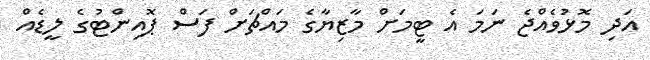
އަދި މޮޅުވެއްޖެ ނަމަ އެ ޓީމަށް މާޒިޔާގެ މައްޗަށް ފަސް ޕޮއިންޓުގެ ލީޑެއް